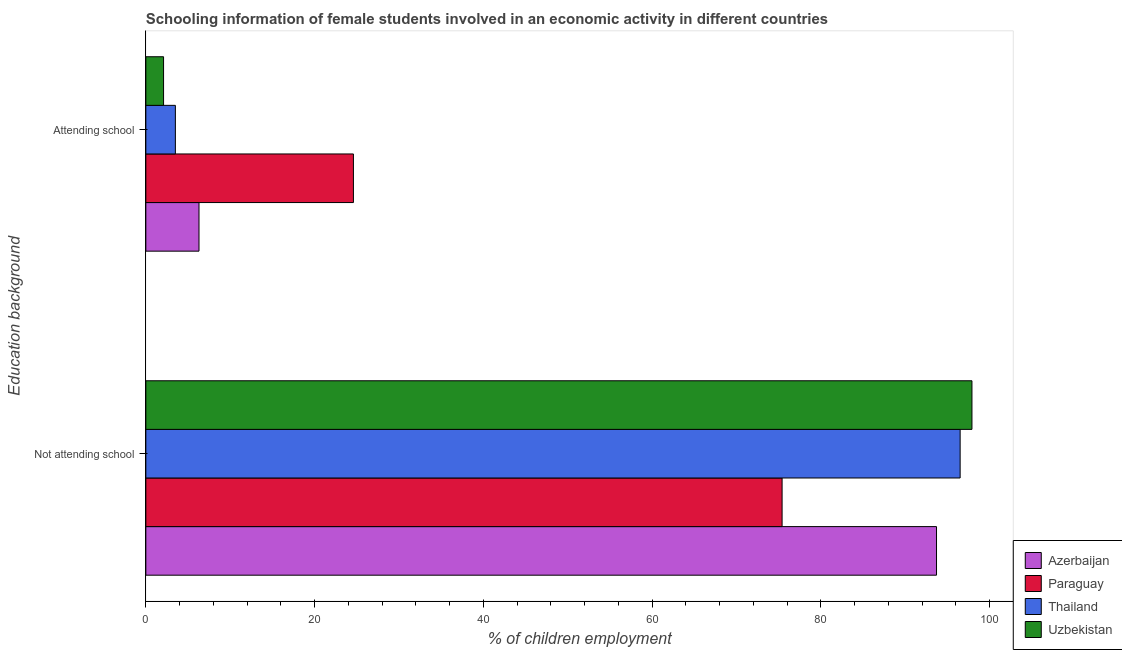
| Education background | Azerbaijan | Paraguay | Thailand | Uzbekistan |
 | --- | --- | --- | --- | --- |
 | Not attending school | 93.7 | 75.4 | 96.5 | 97.9 |
 | Attending school | 6.3 | 24.6 | 3.5 | 2.1 |